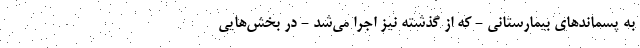
به پسماندهای بیمارستانی - که از گذشته نیز اجرا می‌شد - در بخش‌هایی